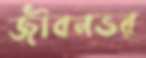
জীবনভর